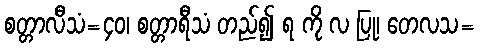
စတ္တာလီသံ=၄၀၊ စတ္တာရီသံ တည်၍ ရ ကို လ ပြု၊ တေလသ=